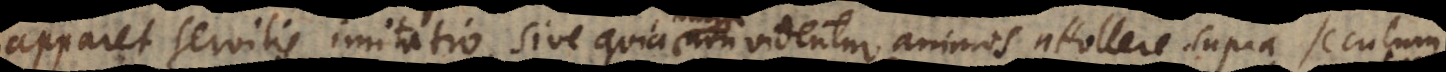
apparet servilis imitatio, sive quia non videntur animos attollere supra seculum